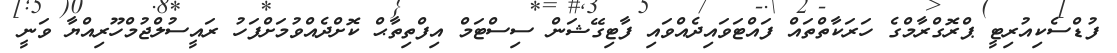
ފުޑްސެކިއުރިޓީ ޕްރޮގްރާމްގެ ހަރަކާތްތައް ފައްޓަވައިދެއްވައި ފާޓިގޭޝަން ސިސްޓަމް އިފްތިތާޙް ކޮށްދެއްވުމަށްފަހު ރައީސުލްޖުމްހޫރިއްޔާ ވަނީ